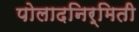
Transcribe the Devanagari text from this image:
पोलादनिर्मिती